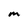
Character: m